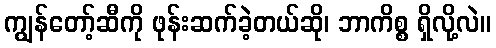
ကျွန်တော့်ဆီကို ဖုန်းဆက်ခဲ့တယ်ဆို၊ ဘာကိစ္စ ရှိလို့လဲ။